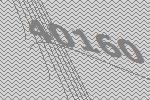
40160